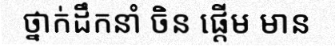
ថ្នាក់ដឹកនាំ ចិន ផ្តើម មាន